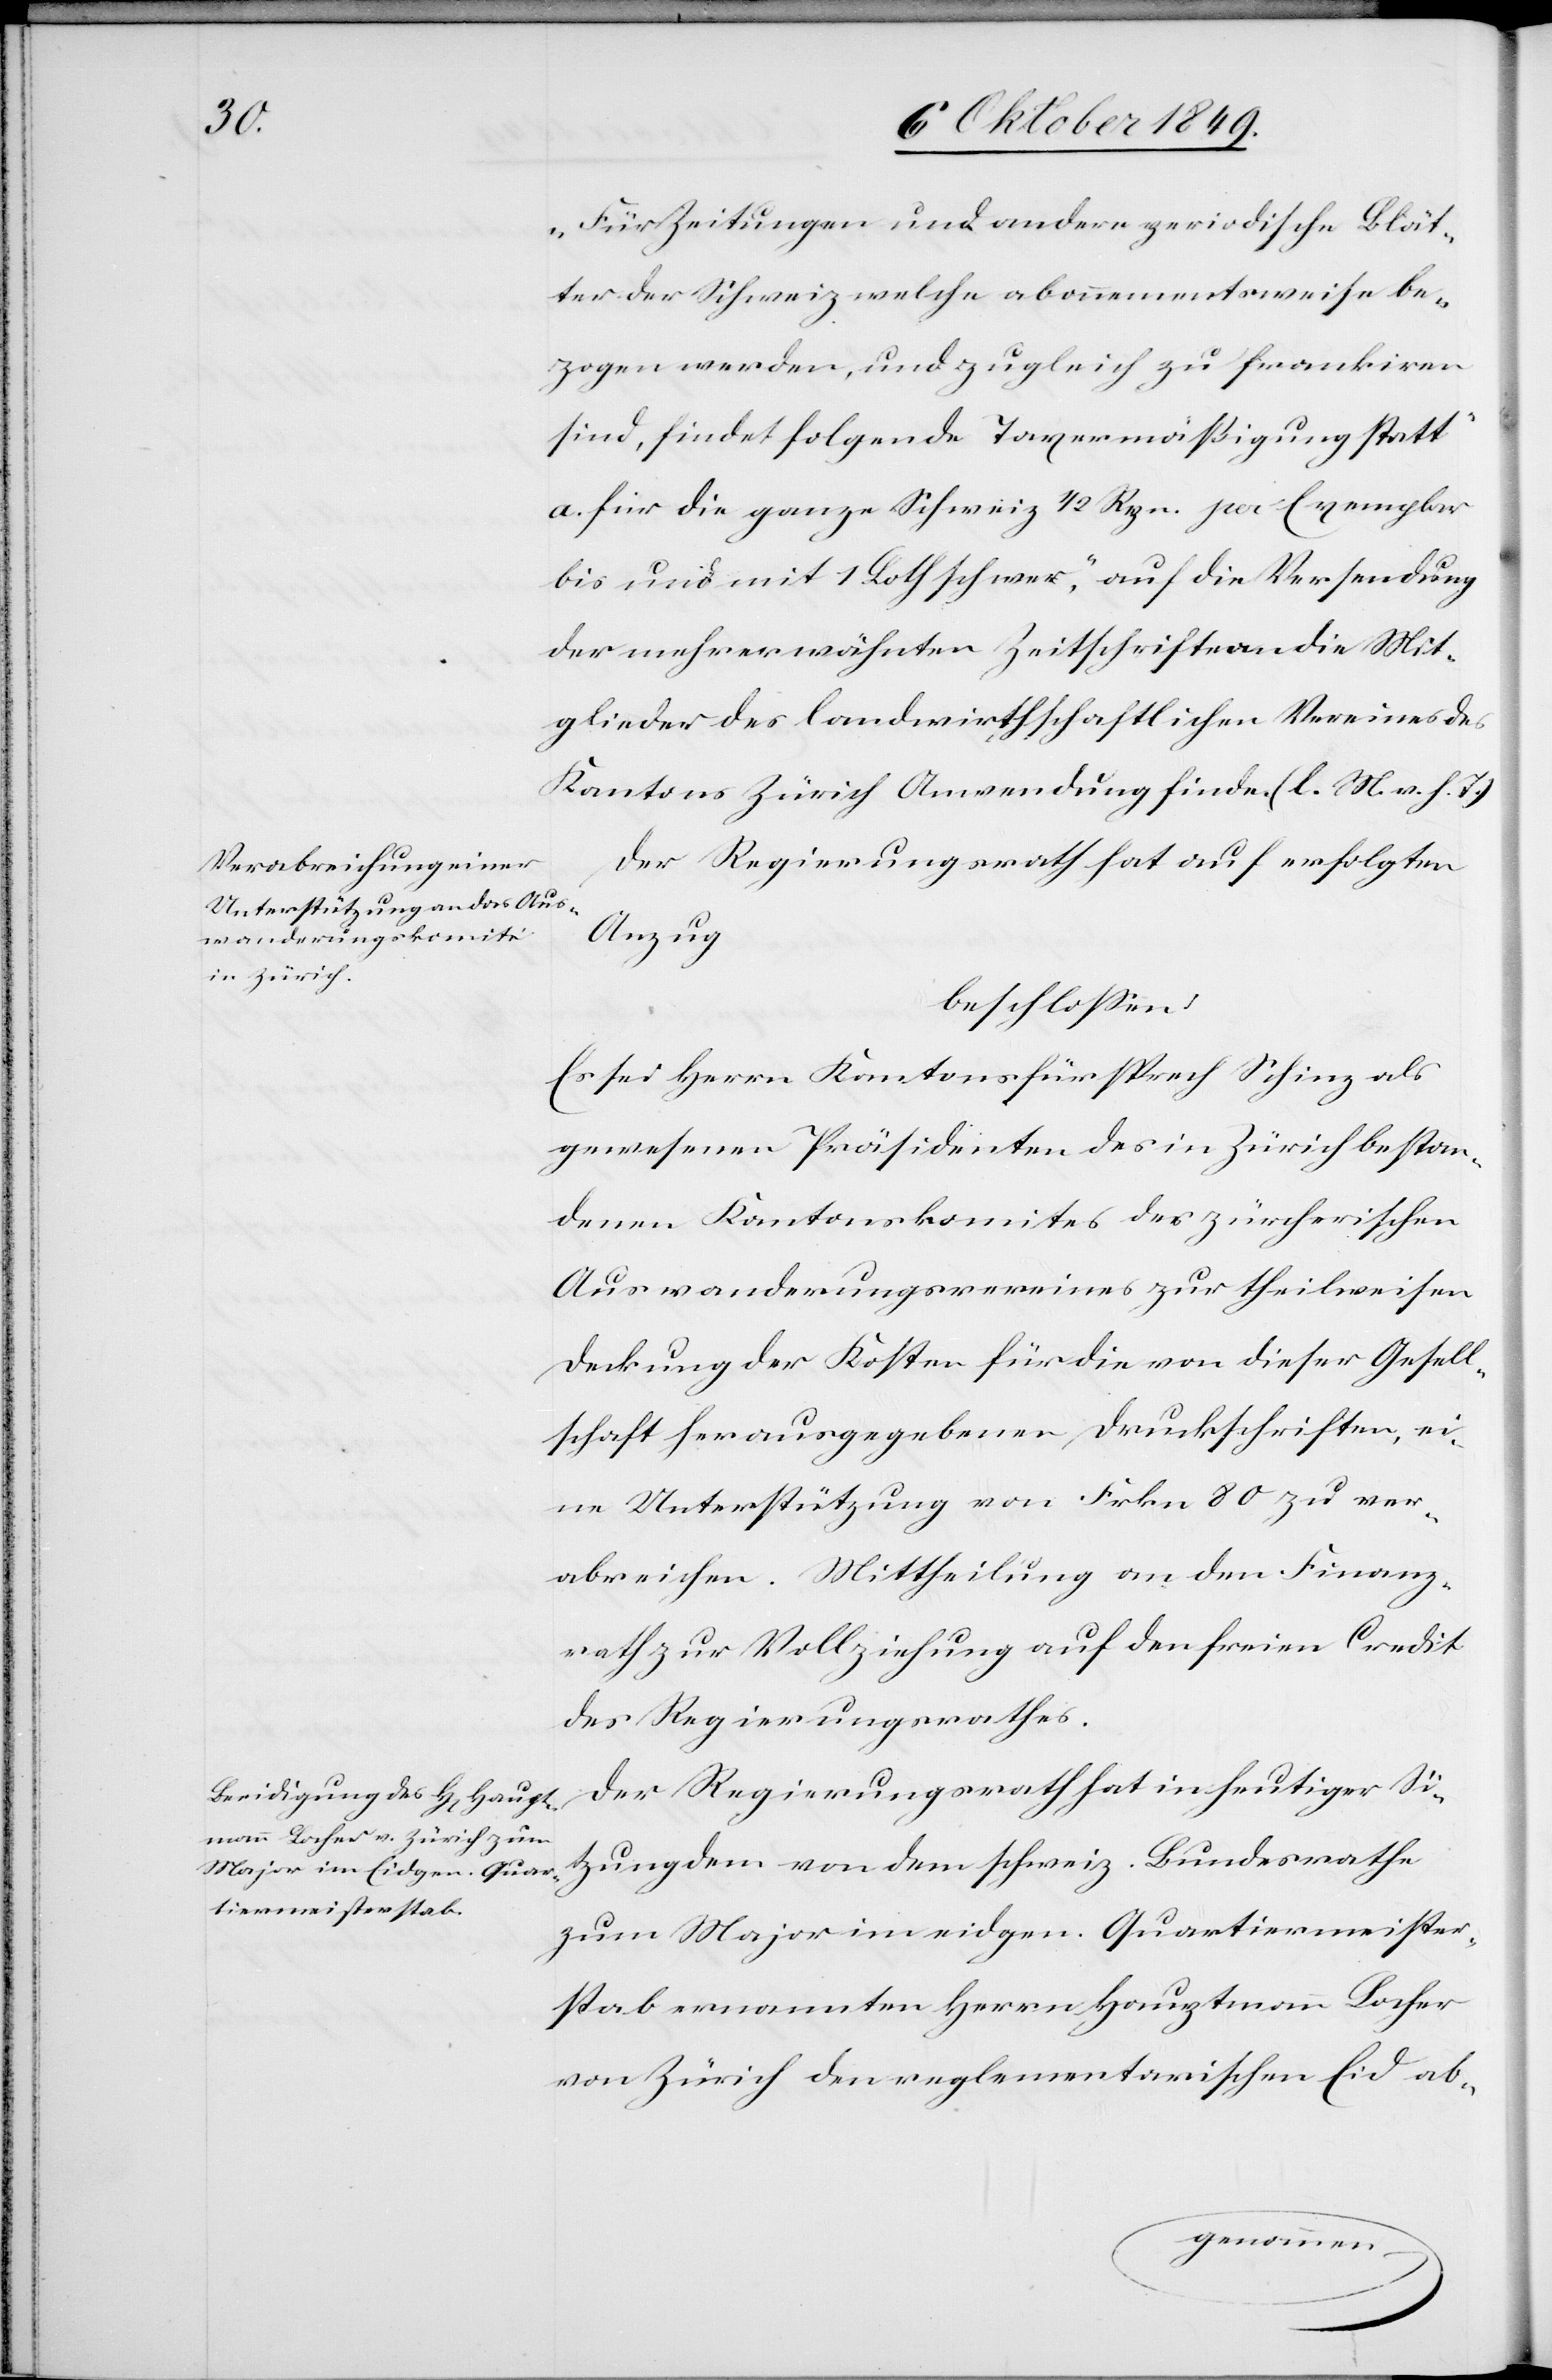
„Für Zeitungen und andere periodische Blät¬
ter der Schweiz, welche abonnementsweise be¬
zogen werden, und zugleich zu frankiren
sind, findet folgende Taxermäßigung statt“
a. für die ganze Schweiz 1/2 Rpn. pro Exemplar
bis und mit 1 Loth schwer“, auf die Versendung
der mehrerwähnten Zeitschrifte [sic!] an die Mit¬
glieder des landwirthschaftlichen Vereines des
Kantons Zürich Anwendung finde. [l. M. v. h. T]
Der Regierungsrath hat auf erfolgten
Anzug
beschloßen:
Es sei Herrn Kantonsfürsprech Schinz als
gewesenen Präsidenten des in Zürich bestan¬
denen Kantonskomites des zürcherischen
Auswanderungsvereines zur theilweisen
Deckung der Kosten für die von dieser Gesell¬
schaft her ausgegebenen Druckschriften, ei¬
ne Unterstützung von Frkn. 80 zu ver¬
abreichen. Mittheilung an den Finanz¬
rath zur Vollziehung auf den freien Credit
des Regierungsrathes.
Der Regierungsrath hat in heutiger Si¬
tzung dem von dem schweiz. Bundesrathe
zum Major im eidgen. Quartiermeister¬
stab ernannten Herrn Hauptmann Locher
von Zürich den reglementarischen Eid ab-